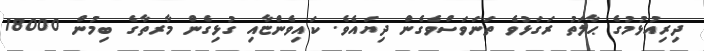
ދިރިއުޅުމުގެ ޙާލަތު ރަގަޅުވެ ތަނަވަސްވެގެން ދިޔައެވެ. ކައިވެންޏާއި ގުޅިގެން މާރތާގެ ބިމުން 18000